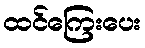
ထင်ကြေးပေး